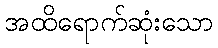
အထိရောက်ဆုံးသော